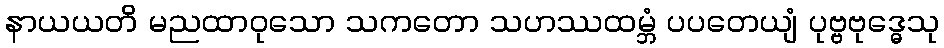
နာယယတိ မညထာဝုသော သကတော သဟဿထမ္ဘံ ပပတေယျံ ပုဗ္ဗဗုဒ္ဓေသု